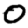
Digit: 0